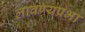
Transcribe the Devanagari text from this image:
लावण्यप्रभा